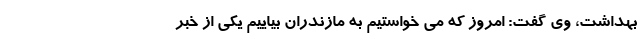
بهداشت، وی گفت: امروز که می خواستیم به مازندران بیاییم یکی از خبر